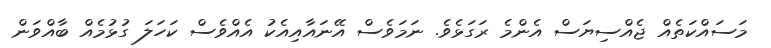
މަސައްކަތެއް ޖެއްސިޔަސް އެންމެ ރަގަޅެވެ. ނަމަވެސް އޭނައާއިއެކު އެއްވެސް ކަހަލަ ގުޅުމެއް ބާއްވަން